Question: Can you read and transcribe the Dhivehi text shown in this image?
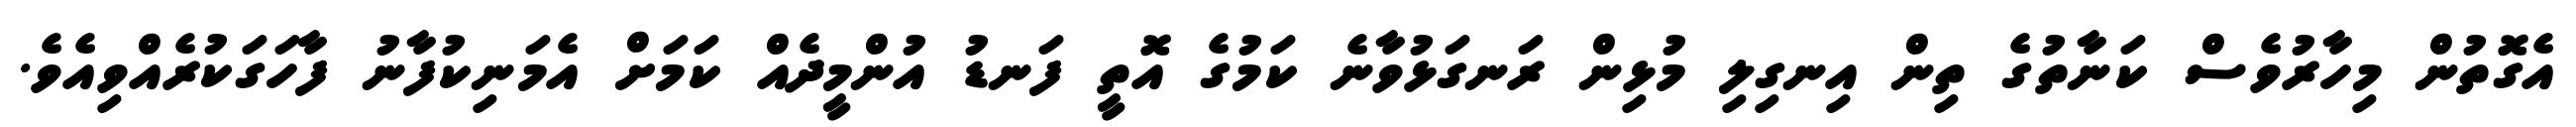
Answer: އެގޮތުން މިހާރުވެސް ކަނާތުގެ ތިން އިނގިލި މުޅިން ރަނގަޅުވާނެ ކަމުގެ އޮތީ ފަނޑު އުންމީދެއް ކަމަށް އެމަނިކުފާނު ފާހަގަކުރެއްވިއެވެ.